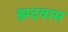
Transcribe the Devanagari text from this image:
झदवास